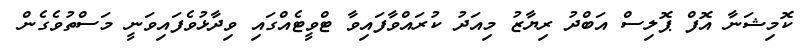
ކޮމިޝަނާ އޮފް ޕޮލިސް އަބްދު ރިޔާޒު މިއަދު ކުރައްވާފައިވާ ޓްވީޓެއްގައި ވިދާޅުވެފައިވަނީ މަސްތުވެގެން